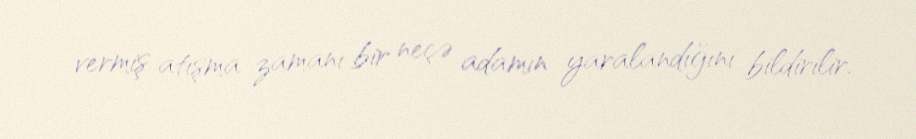
vermiş atışma zamanı bir neçə adamın yaralandığını bildirilir.